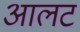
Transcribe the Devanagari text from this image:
आलट